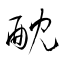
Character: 酖